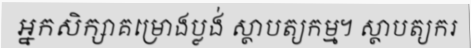
អ្នកសិក្សាគម្រោងប្លង់ ស្ថាបត្យកម្ម។ ស្ថាបត្យករ